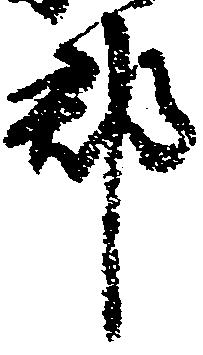
郡